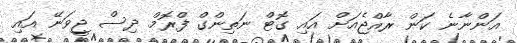
އަންނާނެ ކަން ރާއްޖެއަށް އައި ގޮޓް ނަތިންގް ފްރޮމް ދިސް ޖީވަނޭ އައި